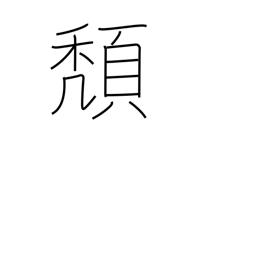
Meaning: slide